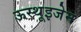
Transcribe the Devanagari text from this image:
ऊस्थूइजेन